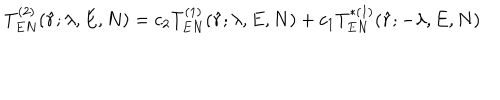
T _ { E N } ^ { ( 2 ) } ( \hat { r } ; \lambda , E , N ) = c _ { 2 } T _ { E N } ^ { ( 1 ) } ( \hat { r } ; \lambda , E , N ) + c _ { 1 } T _ { E N } ^ { * ( 1 ) } ( \hat { r } ; - \lambda , E , N )